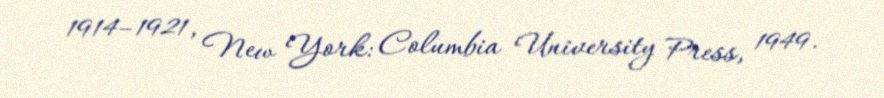
1914–1921, New York: Columbia University Press, 1949.